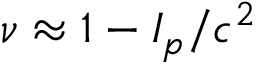
\nu \approx 1 - I _ { p } / c ^ { 2 }